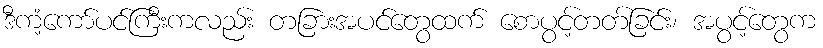
ဒီကံ့ကော်ပင်ကြီးကလည်း တခြားအပင်တွေထက် စောပွင့်တတ်ခြင်း၊ အပွင့်တွေက